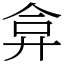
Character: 弇